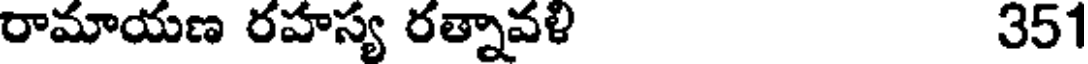
రామాయణ రహస్య రత్నావళి 351